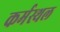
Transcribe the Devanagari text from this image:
कर्मस्थल